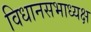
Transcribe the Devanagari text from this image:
विधानसभाध्यक्ष